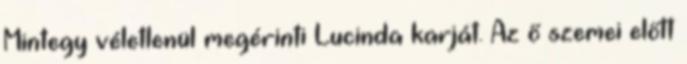
Mintegy véletlenül megérinti Lucinda karját. Az ő szemei előtt